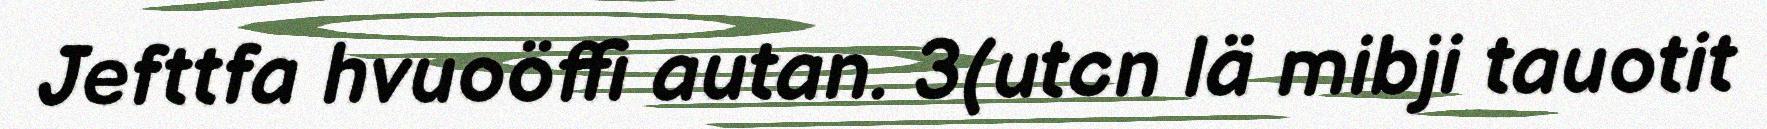
Jefttfa hvuoöffi autan. 3(utcn lä mibji tauotit